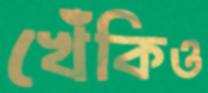
খেঁকিও